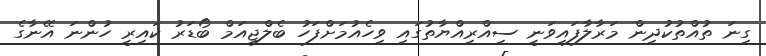
ގިނަ ތުއްތުކުދިން މަރާލާފައިވަނީ ސިއްރިއްޔާތުގައި ވިހެއުމަށްފަހު ބެލްޖިއަމް ބޯޑަރު ކައިރީ ހުންނަ އޭނާގެ